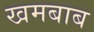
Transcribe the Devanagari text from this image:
खमबाब